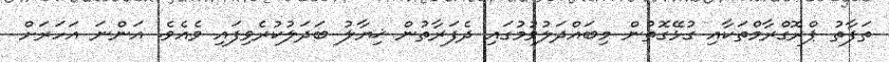
ތަފާތު ޕްރޮގްރާމްތަކާއި ގުޅޭގޮތުން މިބައްދަލުވުމުގައި ދެފަރާތުން ޚިޔާލު ބަދަލުކުރެވިފައި ވެއެވެ. އަންނަ އަހަރަށް